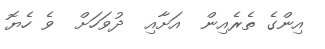
އިންގެ ތެރެއިން  އަށާއި  ދުވަހަށް  ވެ ހެޔޮ